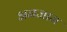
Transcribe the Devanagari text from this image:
अनजाम